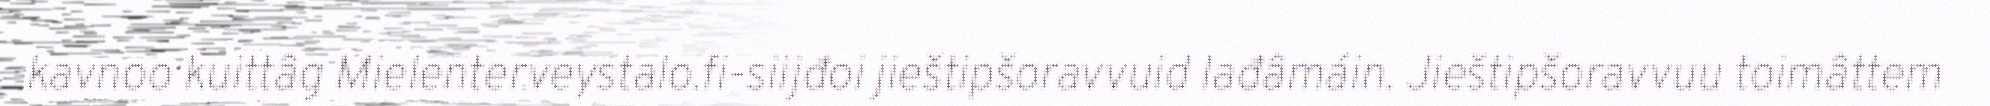
kavnoo kuittâg Mielenterveystalo.fi-siijđoi jieštipšoravvuid lađâmáin. Jieštipšoravvuu toimâttem